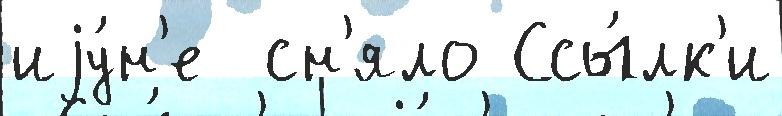
иjу́н'е  сн'яло Ссы́лк'и